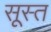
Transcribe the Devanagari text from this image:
सूस्त